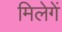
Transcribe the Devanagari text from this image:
मिलेगें